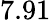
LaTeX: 7.91